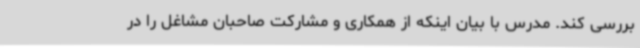
بررسی کند. مدرس با بیان اینکه از همکاری و مشارکت صاحبان مشاغل را در